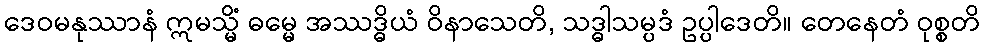
ဒေဝမနုဿာနံ ဣမသ္မိံ ဓမ္မေ အဿဒ္ဓိယံ ဝိနာသေတိ, သဒ္ဓါသမ္ပဒံ ဥပ္ပါဒေတိ။ တေနေတံ ဝုစ္စတိ